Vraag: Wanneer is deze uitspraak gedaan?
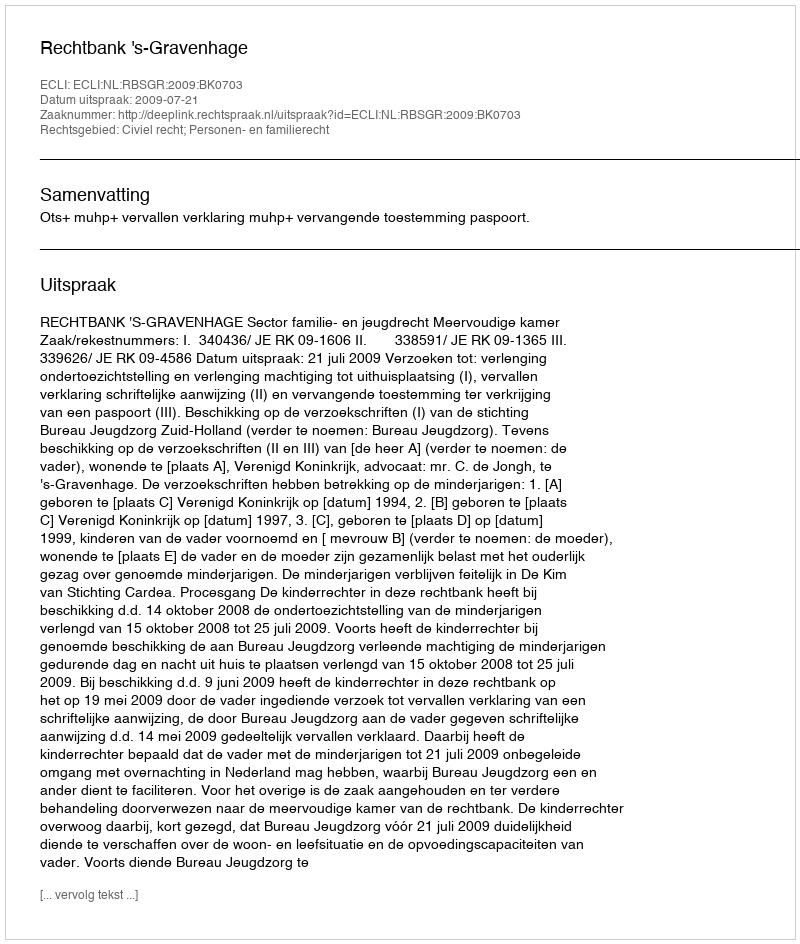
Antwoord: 2009-07-21